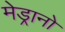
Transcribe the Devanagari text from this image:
मेड्रानो